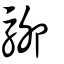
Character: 駠